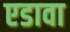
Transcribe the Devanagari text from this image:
एडावा